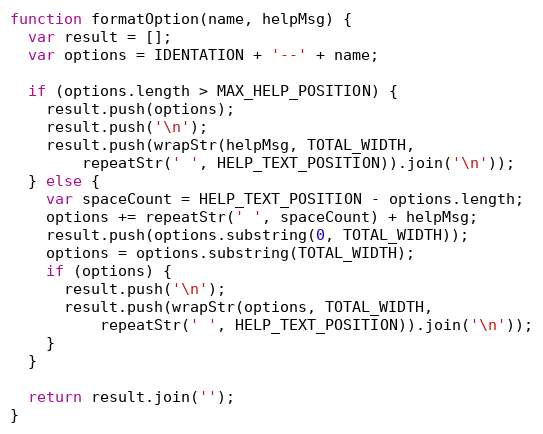
Language: JavaScript
function formatOption(name, helpMsg) {
  var result = [];
  var options = IDENTATION + '--' + name;

  if (options.length > MAX_HELP_POSITION) {
    result.push(options);
    result.push('\n');
    result.push(wrapStr(helpMsg, TOTAL_WIDTH,
        repeatStr(' ', HELP_TEXT_POSITION)).join('\n'));
  } else {
    var spaceCount = HELP_TEXT_POSITION - options.length;
    options += repeatStr(' ', spaceCount) + helpMsg;
    result.push(options.substring(0, TOTAL_WIDTH));
    options = options.substring(TOTAL_WIDTH);
    if (options) {
      result.push('\n');
      result.push(wrapStr(options, TOTAL_WIDTH,
          repeatStr(' ', HELP_TEXT_POSITION)).join('\n'));
    }
  }

  return result.join('');
}